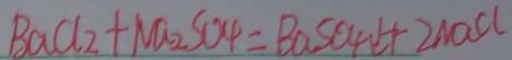
B a C l _ { 2 } + N a _ { 2 } S O _ { 4 } = B a S O _ { 4 } \downarrow + 2 N a C l